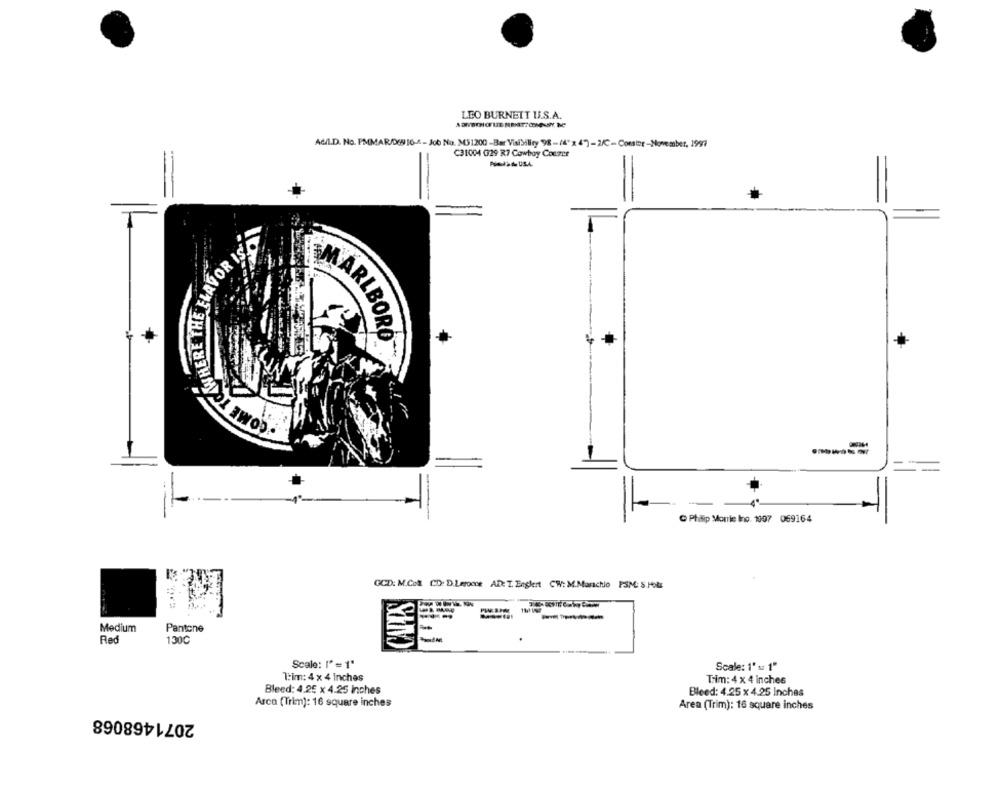
LEO BURNETT U.S.A.
ACIL.D. No. PMMAR/DGS IG-4 - Job No. M31200 -Bar Visibility 98-(4" x 4")-2/3-Comstor-November, 1997
C31004 029 R7 Cowboy Couzer
COME TCAWHERE THE FLAVOR ISO
MARLBORO
C Philip Morris Ino. 1007 069164
GCD: M.Com. CD: D.Legoone AD: T. Englert CW/: M.Marchio PSM: S.Holz
CAPPS
Medium
Pantone
Red
130℃
Scale: ['= 1'
Scale: 1' = 1"
T:im: 4 x 4 inches
Trim: 4 x 4 inches
Bleed: 4.25 x 4.25 Inches
Bleed: 4.25 x 4.25 Inches
Arca (Trim): 16 square inches
Area (Trim): 16 square inches
2071468068